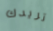
تريدك